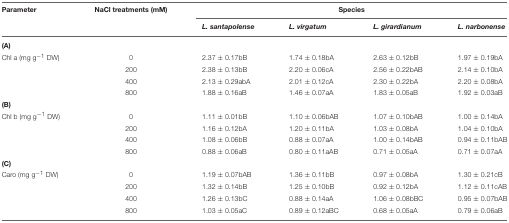
| Parameter | NaCl treatments (mM) | <COLSPAN=4> Species |
 |  |  | L. santapolense | L. virgatum | L. girardianum | L. narbonense |
 | --- | --- | --- | --- | --- | --- |
 | <COLSPAN=6> (A) |
 | Chl a (mg g−1 DW) | 0 | 2.37 ± 0.17bB | 1.74 ± 0.18bA | 2.63 ± 0.12bB | 1.97 ± 0.19bA |
 |  | 200 | 2.38 ± 0.13bB | 2.20 ± 0.06cA | 2.56 ± 0.22bAB | 2.14 ± 0.10bA |
 |  | 400 | 2.13 ± 0.29abA | 2.01 ± 0.12cA | 2.30 ± 0.22bA | 2.20 ± 0.08bA |
 |  | 800 | 1.88 ± 0.16aB | 1.46 ± 0.07aA | 1.83 ± 0.05aB | 1.92 ± 0.03aB |
 | <COLSPAN=6> (B) |
 | Chl b (mg g−1 DW) | 0 | 1.11 ± 0.01bB | 1.10 ± 0.06bAB | 1.07 ± 0.10bAB | 1.00 ± 0.14bA |
 |  | 200 | 1.16 ± 0.12bA | 1.20 ± 0.11bA | 1.03 ± 0.08bA | 1.04 ± 0.10bA |
 |  | 400 | 1.08 ± 0.06bB | 0.88 ± 0.07aA | 1.00 ± 0.14bAB | 0.94 ± 0.11bAB |
 |  | 800 | 0.88 ± 0.06aB | 0.80 ± 0.11aAB | 0.71 ± 0.05aA | 0.71 ± 0.07aA |
 | <COLSPAN=6> (C) |
 | Caro (mg g−1 DW) | 0 | 1.19 ± 0.07bAB | 1.36 ± 0.11bB | 0.97 ± 0.08bA | 1.30 ± 0.21cB |
 |  | 200 | 1.32 ± 0.14bB | 1.25 ± 0.10bB | 0.92 ± 0.12bA | 1.12 ± 0.11cAB |
 |  | 400 | 1.26 ± 0.13bC | 0.88 ± 0.14aA | 1.06 ± 0.08bBC | 0.95 ± 0.07bAB |
 |  | 800 | 1.03 ± 0.05aC | 0.89 ± 0.12aBC | 0.68 ± 0.05aA | 0.79 ± 0.06aB |